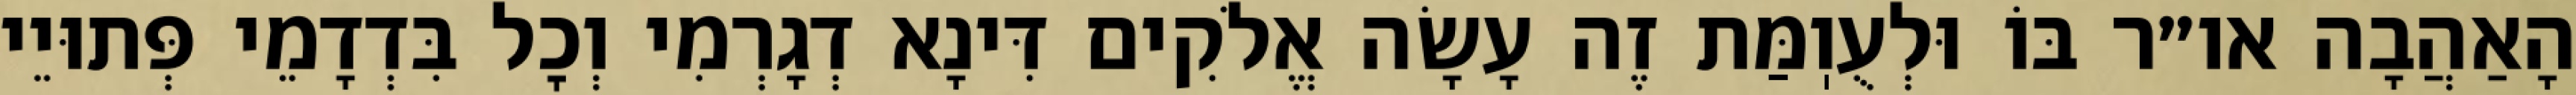
הָאַהֲבָה או״ר בּוֹ וּלְעֻוֽמַּת זֶה עָשָׂה אֱלֹקִים דִּינָא דְגָרְמִי וְכׇל בִּדְדָמֵי פְּתוּיֵי